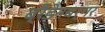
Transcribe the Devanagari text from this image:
ब्रैडेनबर्गर